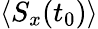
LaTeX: \langle S_{x}(t_{0})\rangle